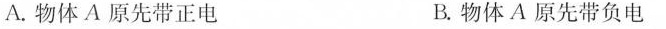
A. 物体A原先带正电 B. 物体A原先带负电